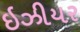
ઇઝીયર